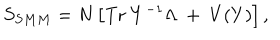
S _ { S M M } = N \left[ \mathrm { T r } \; Y ^ { - 1 } \Lambda ~ + ~ V ( Y ) \right] ,